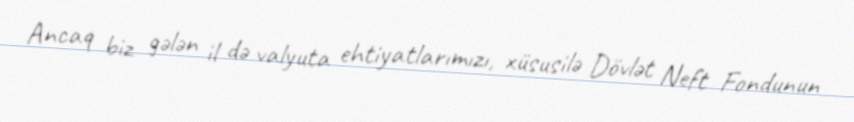
Ancaq biz gələn il də valyuta ehtiyatlarımızı, xüsusilə Dövlət Neft Fondunun